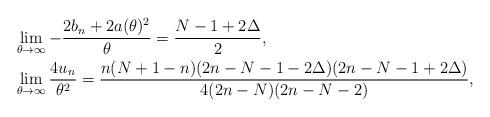
LaTeX: \begin{align*} \begin{aligned} &\lim_{\theta\to\infty} -\frac{2b_n+2a(\theta)^2}{\theta} = \frac{N-1+2\Delta}{2}, \\ &\lim_{\theta\to\infty} \frac{4 u_n}{\theta^2} = \frac{n(N+1-n)(2n-N-1-2\Delta)(2n-N-1+2\Delta)}{4(2n-N)(2n-N-2)}, \end{aligned} \end{align*}